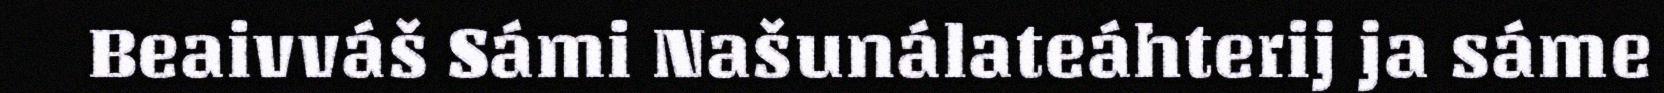
Beaivváš Sámi Našunálateáhterij ja sáme